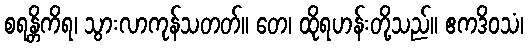
စရန္တိကိရ၊ သွားလာကုန်သတတ်။ တေ၊ ထိုရဟန်းတို့သည်။ ဧကဒိဝသံ၊